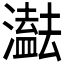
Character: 𤂠